Rangoon Lunatic Asylum 1878-1892 - 1878-1892
Year: 1878
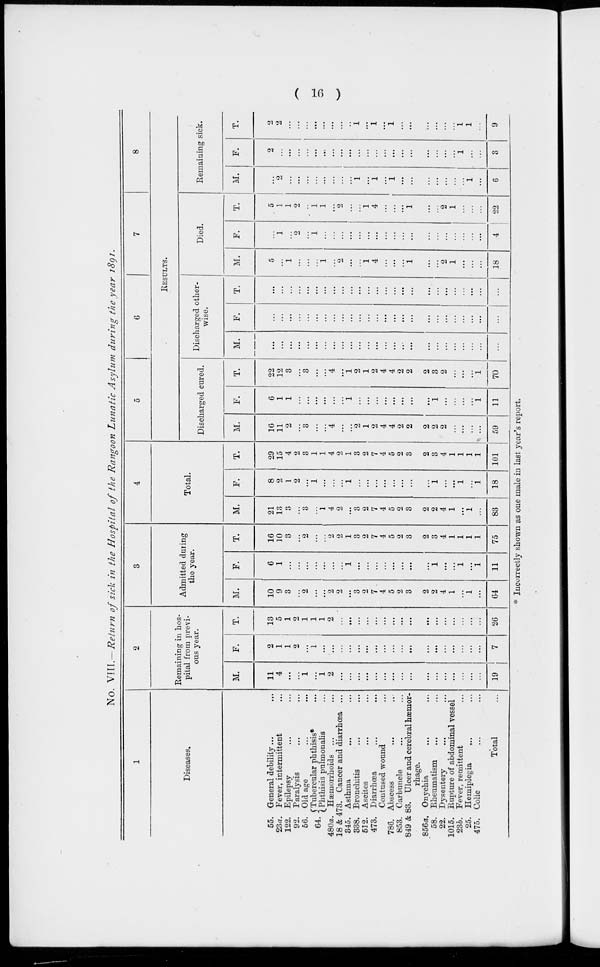
( 16 )
No. VIII.—Return of sick in the Hospital of the Rangoon Lunatic Asylum during the year 1891.
1
Diseases.
55.
23a.
122.
92.
56.
64
480a.
18 & 473.
345.
338.
512.
473.
786.
853.
849 & 83.
856a.
58.
22.
1015.
23b.
25.
475.
General debility... ...
Fever, intermittent ...
Epilepsy ... ...
Paralysis ... ...
Old age ... ...
"Tubercular phthisis*
Phthisis pulmnonalis ...
Hæmorrhoids ... ...
Cancer and diarrhœa ...
Asthma ... ...
Bronchitis ... ...
Ascites ... ...
Diarrhœa ... ...
Contused wound ...
Abscess ... ...
Carbuncle ... ...
Ulcer and cerebral hæmor-
rhage.
Onychia ... ...
Rheumatism ... ...
Dysentery ... ...
Rupture of abdominal vessel
Fever, remittent ...
Hemiplegia ... ...
Colic ... ...
Total ...
2
Remaining in hos-
pital from previ-
ous year.
M.
11
4
...
...
1
...
1
2
...
...
...
...
...
...
...
...
...
...
...
...
...
...
...
...
19
F.
2
1
1
2
...
1
...
...
...
...
...
...
...
...
...
...
...
...
...
...
...
...
...
...
7
T.
13
5
1
2
1
1
1
2
...
...
...
...
...
...
...
...
...
...
...
...
...
...
...
...
26
3
Admitted during
the year.
M.
10
9
3
...
2
...
...
2
2
...
3
2
7
4
5
2
3
2
2
4
1
...
1
...
64
F.
6
1
...
...
...
...
...
...
1
...
...
...
...
...
...
...
...
1
...
...
1
...
1
11
T.
16
10
3
...
2
...
...
2
2
1
3
2
7
4
5
2
3
2
2
4
1
1
1
1
75
4
Total.
M.
21
13
3
...
3
...
1
4
2
...
3
2
7
4
5
2
3
2
2
4
1
...
1
...
83
F.
8
2
1
2
...
1
...
...
...
1
...
...
...
...
...
...
...
...
1
...
...
1
...
1
18
T.
29
15
4
2
3
1
1
4
2
1
3
2
7
4
5
2
3
2
3
4
1
1
1
1
101
5
6
7
8
RESULTS.
Discharged cured.
M.
16
11
2
...
3
...
...
4
...
...
2
1
2
4
4
2
2
2
2
2
...
...
...
...
59
F.
6
1
1
...
...
...
...
...
...
1
...
...
...
...
...
...
...
...
1
...
...
...
...
1
11
T.
22
12
3
...
3
...
...
4
...
1
2
1
2
4
4
2
2
2
3
2
...
...
...
1
70
Discharged other-
wise.
M.
...
...
...
...
...
...
...
...
...
...
...
...
...
...
...
...
...
...
...
...
...
...
...
...
...
F.
...
...
...
...
...
...
...
...
...
...
...
...
...
...
...
...
...
...
...
...
...
...
...
...
...
T.
...
...
...
...
...
...
...
...
...
...
...
...
...
...
...
...
...
...
...
...
...
...
...
...
...
Died.
M.
5
...
1
...
...
...
1
...
2
...
...
1
4
...
...
...
1
...
...
2
1
...
...
...
18
F.
...
1
...
2
...
1
...
...
...
...
...
...
...
...
...
...
...
...
...
...
...
...
...
...
4
T.
5
1
1
2
...
1
1
...
2
...
...
1
4
...
...
...
1
...
...
2
1
...
...
...
22
Remaining sick.
M.
...
2
...
...
...
...
...
...
...
...
1
...
1
...
1
...
...
...
...
...
...
...
1
...
6
F.
2
...
...
...
...
...
...
...
...
...
...
...
...
...
...
...
...
...
...
...
...
1
...
...
3
T.
2
2
...
...
...
...
...
...
...
...
1
...
1
...
1
...
...
...
...
...
...
1
1
...
9
* Incorrectly shown as one male in last year's report.